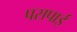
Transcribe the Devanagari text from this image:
पसपाई